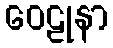
ဝေဠုနာ